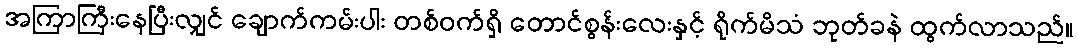
အကြာကြီးနေပြီးလျှင် ချောက်ကမ်းပါး တစ်ဝက်ရှိ တောင်စွန်းလေးနှင့် ရိုက်မိသံ ဘုတ်ခနဲ ထွက်လာသည်။